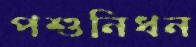
পশুনিধন